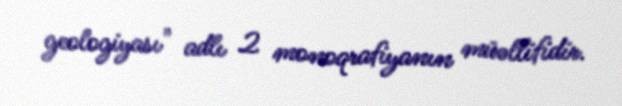
geologiyası" adlı 2 monoqrafiyanın müəllifidir.